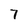
Character: 7